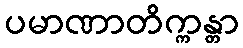
ပမာဏာတိက္ကန္တာ